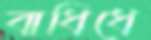
বাধিধে